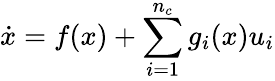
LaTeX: \dot{x}=f(x)+\sum_{i=1}^{n_{c}}g_{i}(x)u_{i}